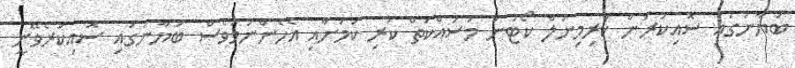
ބަޔާނުގައި ސޮއިކުރަން ކްރިމިނަލް ކޯޓުން މަސައްކަތް ކުރި ކަމަށާއި އެހެންނަމަވެސް ބަޔާނުގައި ސޮއިކުރެވޭނީ